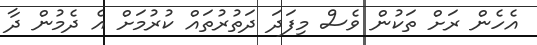
އެހެން ރަށް ތަކުން ވެސް މިފަދަ ދަތުރުތައް ކުރުމަށް އެ ދެމުން ދާ